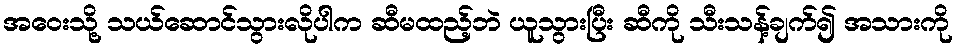
အဝေးသို့ သယ်ဆောင်သွားလိုပါက ဆီမထည့်ဘဲ ယူသွားပြီး ဆီကို သီးသန့်ချက်၍ အသားကို